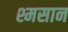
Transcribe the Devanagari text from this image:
श्मसान